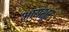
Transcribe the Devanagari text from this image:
आयंशूर